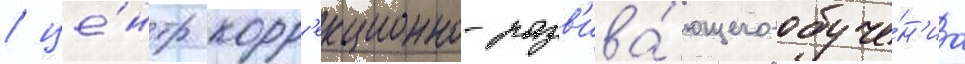
/ це́нтр корр'екционно-разв'ива́ющего обуче́н'иа